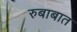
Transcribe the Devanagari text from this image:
रुबाबात